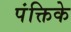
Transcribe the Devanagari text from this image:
पंक्तिके